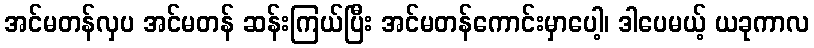
အင်မတန်လှပ အင်မတန် ဆန်းကြယ်ပြီး အင်မတန်ကောင်းမှာပေါ့၊ ဒါပေမယ့် ယခုကာလ